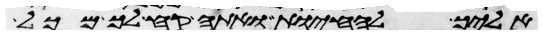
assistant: אליך להחיות ואתה קח לך מכל